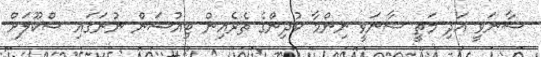
ސާނަވީ އަދި މަތީ ސާނަވީ ނިންމާ ކުދިންގެ ތެރެއިން ޓިއުޝަން ނުނަގައި ސްކޫލަށް